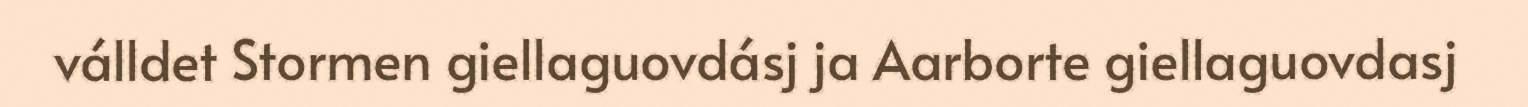
válldet Stormen giellaguovdásj ja Aarborte giellaguovdasj